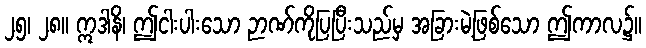
၂၅၊ ၂၈။ ဣဒါနိ၊ ဤငါးပါးသော ဉာဏ်ကိုပြပြီးသည်မှ အခြားမဲ့ဖြစ်သော ဤကာလ၌။